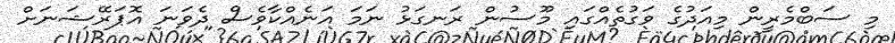
މި ސަބްމެރީން މިއަދުގެ ވަގުތެއްގައި މޫސުން ރަނގަޅު ނަމަ އަނެއްކާވެސް ދެވަނަ އޮޕަރޭޝަނަށް